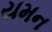
યમન